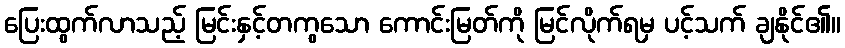
ပြေးထွက်လာသည့် မြင်းနှင့်တကွသော ကောင်းမြတ်ကို မြင်လိုက်ရမှ ပင့်သက် ချနိုင်၏။